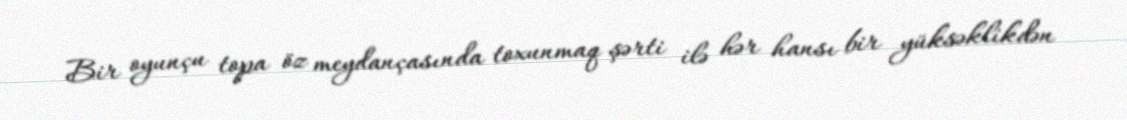
Bir oyunçu topa öz meydançasında toxunmaq şərti ilə hər hansı bir yüksəklikdən